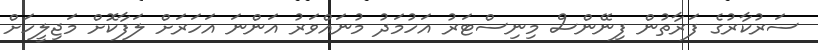
ސަރުކާރުގެ ފަރާތުން ފިނޭންސް މިނިސްޓަރު އަހުމަދު މުނައްވަރު އަންނަ އަހަރަށް ލަފާކޮށް މަޖިލީހަށް